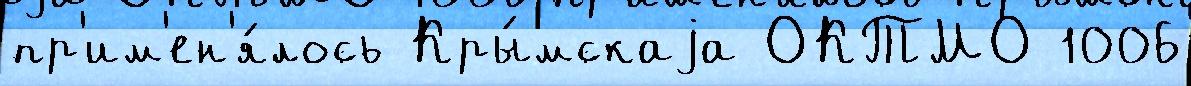
пр'им'ен'я́лось Кры́мскаjа ОКТМО 1006